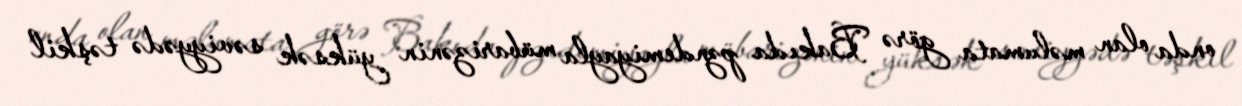
onda olan məlumata görə Bakıda pzndemiyayla mübarizənin yüksək səviyyədə təşkil